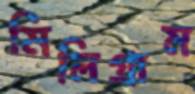
মিলিগ্রাম